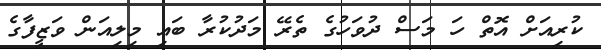
ކުރިއަށް އޮތް ހަ މަސް ދުވަހުގެ ތެރޭ މަދުކުރާ ބައި މިލިއަން ވަޒީފާގެ